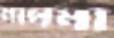
মালমা